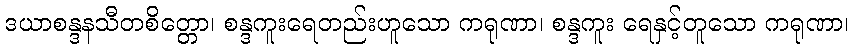
ဒယာစန္ဒနသီတစိတ္တော၊ စန္ဒကူးရေတည်းဟူသော ကရုဏာ၊ စန္ဒကူး ရေနှင့်တူသော ကရုဏာ၊